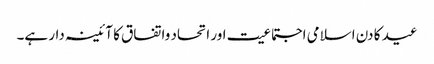
عید کا دن اسلامی اجتماعیت اور اتحاد واتفاق کا آئینہ دار ہے۔